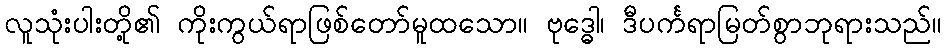
လူသုံးပါးတို့၏ ကိုးကွယ်ရာဖြစ်တော်မူထသော။ ဗုဒ္ဓေါ၊ ဒီပင်္ကရာမြတ်စွာဘုရားသည်။